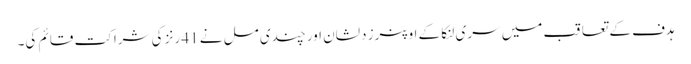
ہدف کے تعاقب میں سری لنکا کے اوپنرز دلشان اور چندی مل نے 41 رنز کی شراکت قائم کی۔